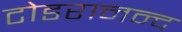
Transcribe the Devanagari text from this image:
टोडरानन्द